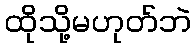
ထိုသို့မဟုတ်ဘဲ